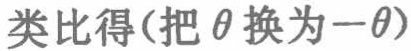
类比得(把$\theta$换为$-\theta$)